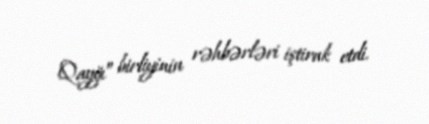
Qayğı” birliyinin rəhbərləri iştirak etdi.